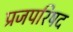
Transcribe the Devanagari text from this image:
प्रजपरिषद